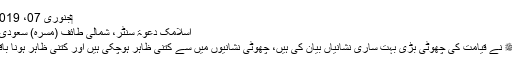
‏جنوری 07، 2019 #1
اسلامک دعوۃ سنٹر، شمالی طائف (مسرہ) سعودی عرب
محمد ﷺ نے قیامت کی چھوٹی بڑی بہت ساری نشانیاں بیان کی ہیں، چھوٹی نشانیوں میں سے کتنی ظاہر ہوچکی ہیں اور کتنی ظاہر ہونا باقی ہیں۔